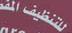
للتنظيف